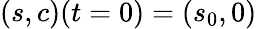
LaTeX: (s,c)(t=0)=(s_{0},0)